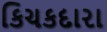
કિચકદારા